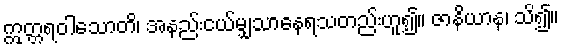
ဣတ္တရဝါသောတိ၊ အနည်းငယ်မျှသာနေရသတည်းဟူ၍။ ဇာနိယာန၊ သိ၍။